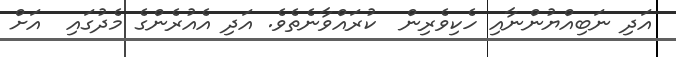
އަދި ނަބިއްޔުންނާއި ހެކިވެރިން  ކުރައްވާނެތެވެ. އަދި އެއުރެންގެ މެދުގައި  އަށް